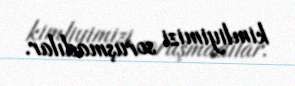
kimliyimizi soruşmadılar.